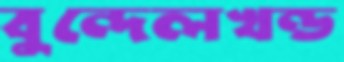
বুন্দেলখন্ড